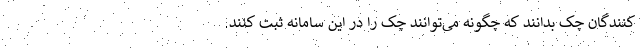
کنندگان چک بدانند که چگونه می‌توانند چک را در این سامانه ثبت کنند.